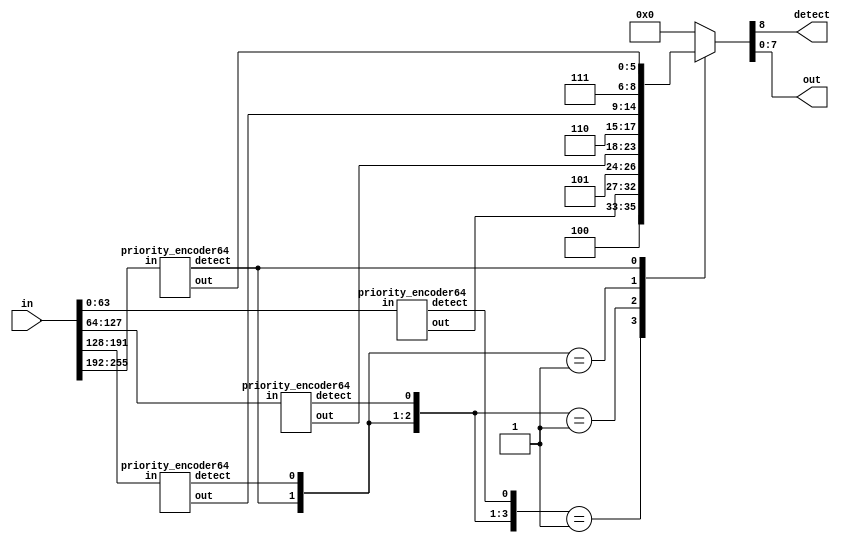
module priority_encoder8
(
    input       [ 7 : 0 ] in,
    output reg            detect,
    output reg  [ 2 : 0 ] out
);
    always @ (*)
        casez(in)
            default     : {detect, out} = 4'b0000;
            8'b00000001 : {detect, out} = 4'b1000;
            8'b0000001? : {detect, out} = 4'b1001;
            8'b000001?? : {detect, out} = 4'b1010;
            8'b00001??? : {detect, out} = 4'b1011;
            8'b0001???? : {detect, out} = 4'b1100;
            8'b001????? : {detect, out} = 4'b1101;
            8'b01?????? : {detect, out} = 4'b1110;
            8'b1??????? : {detect, out} = 4'b1111;
        endcase
endmodule